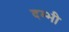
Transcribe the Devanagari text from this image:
दम्भी